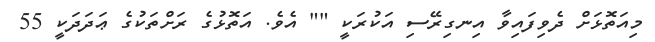
މިއަތޮޅަށް ދެވިފައިވާ އިނގިރޭސި އަކުރަކީ "" އެވެ. އަތޮޅުގެ ރަށްތަކުގެ ޢަދަދަކީ 55